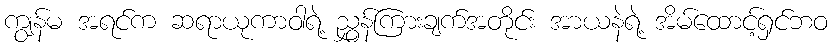
ကျွန်မ အရင်က ဆရာယုကာဝါရဲ့ ညွှန်ကြားချက်အတိုင်း အာယနဲရဲ့ အိမ်ထောင့်ရှင်ဘဝ